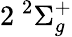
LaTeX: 2\phantom{A}\! \! \! ^{2}\Sigma_{g}^{+}